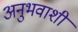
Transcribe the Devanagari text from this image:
अनुभवाशी